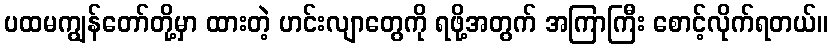
ပထမကျွန်တော်တို့မှာ ထားတဲ့ ဟင်းလျာတွေကို ရဖို့အတွက် အကြာကြီး စောင့်လိုက်ရတယ်။